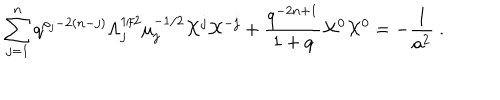
\sum _ { j = 1 } ^ { n } q ^ { \rho _ { j } - 2 ( n - j ) } \Lambda _ { j } ^ { 1 / 2 } \mu _ { j } ^ { - 1 / 2 } { \cal X } ^ { j } { \cal X } ^ { - j } + \frac { q ^ { - 2 n + 1 } } { 1 + q } { \cal X } ^ { 0 } { \cal X } ^ { 0 } = - \frac { 1 } { a ^ { 2 } } ~ .